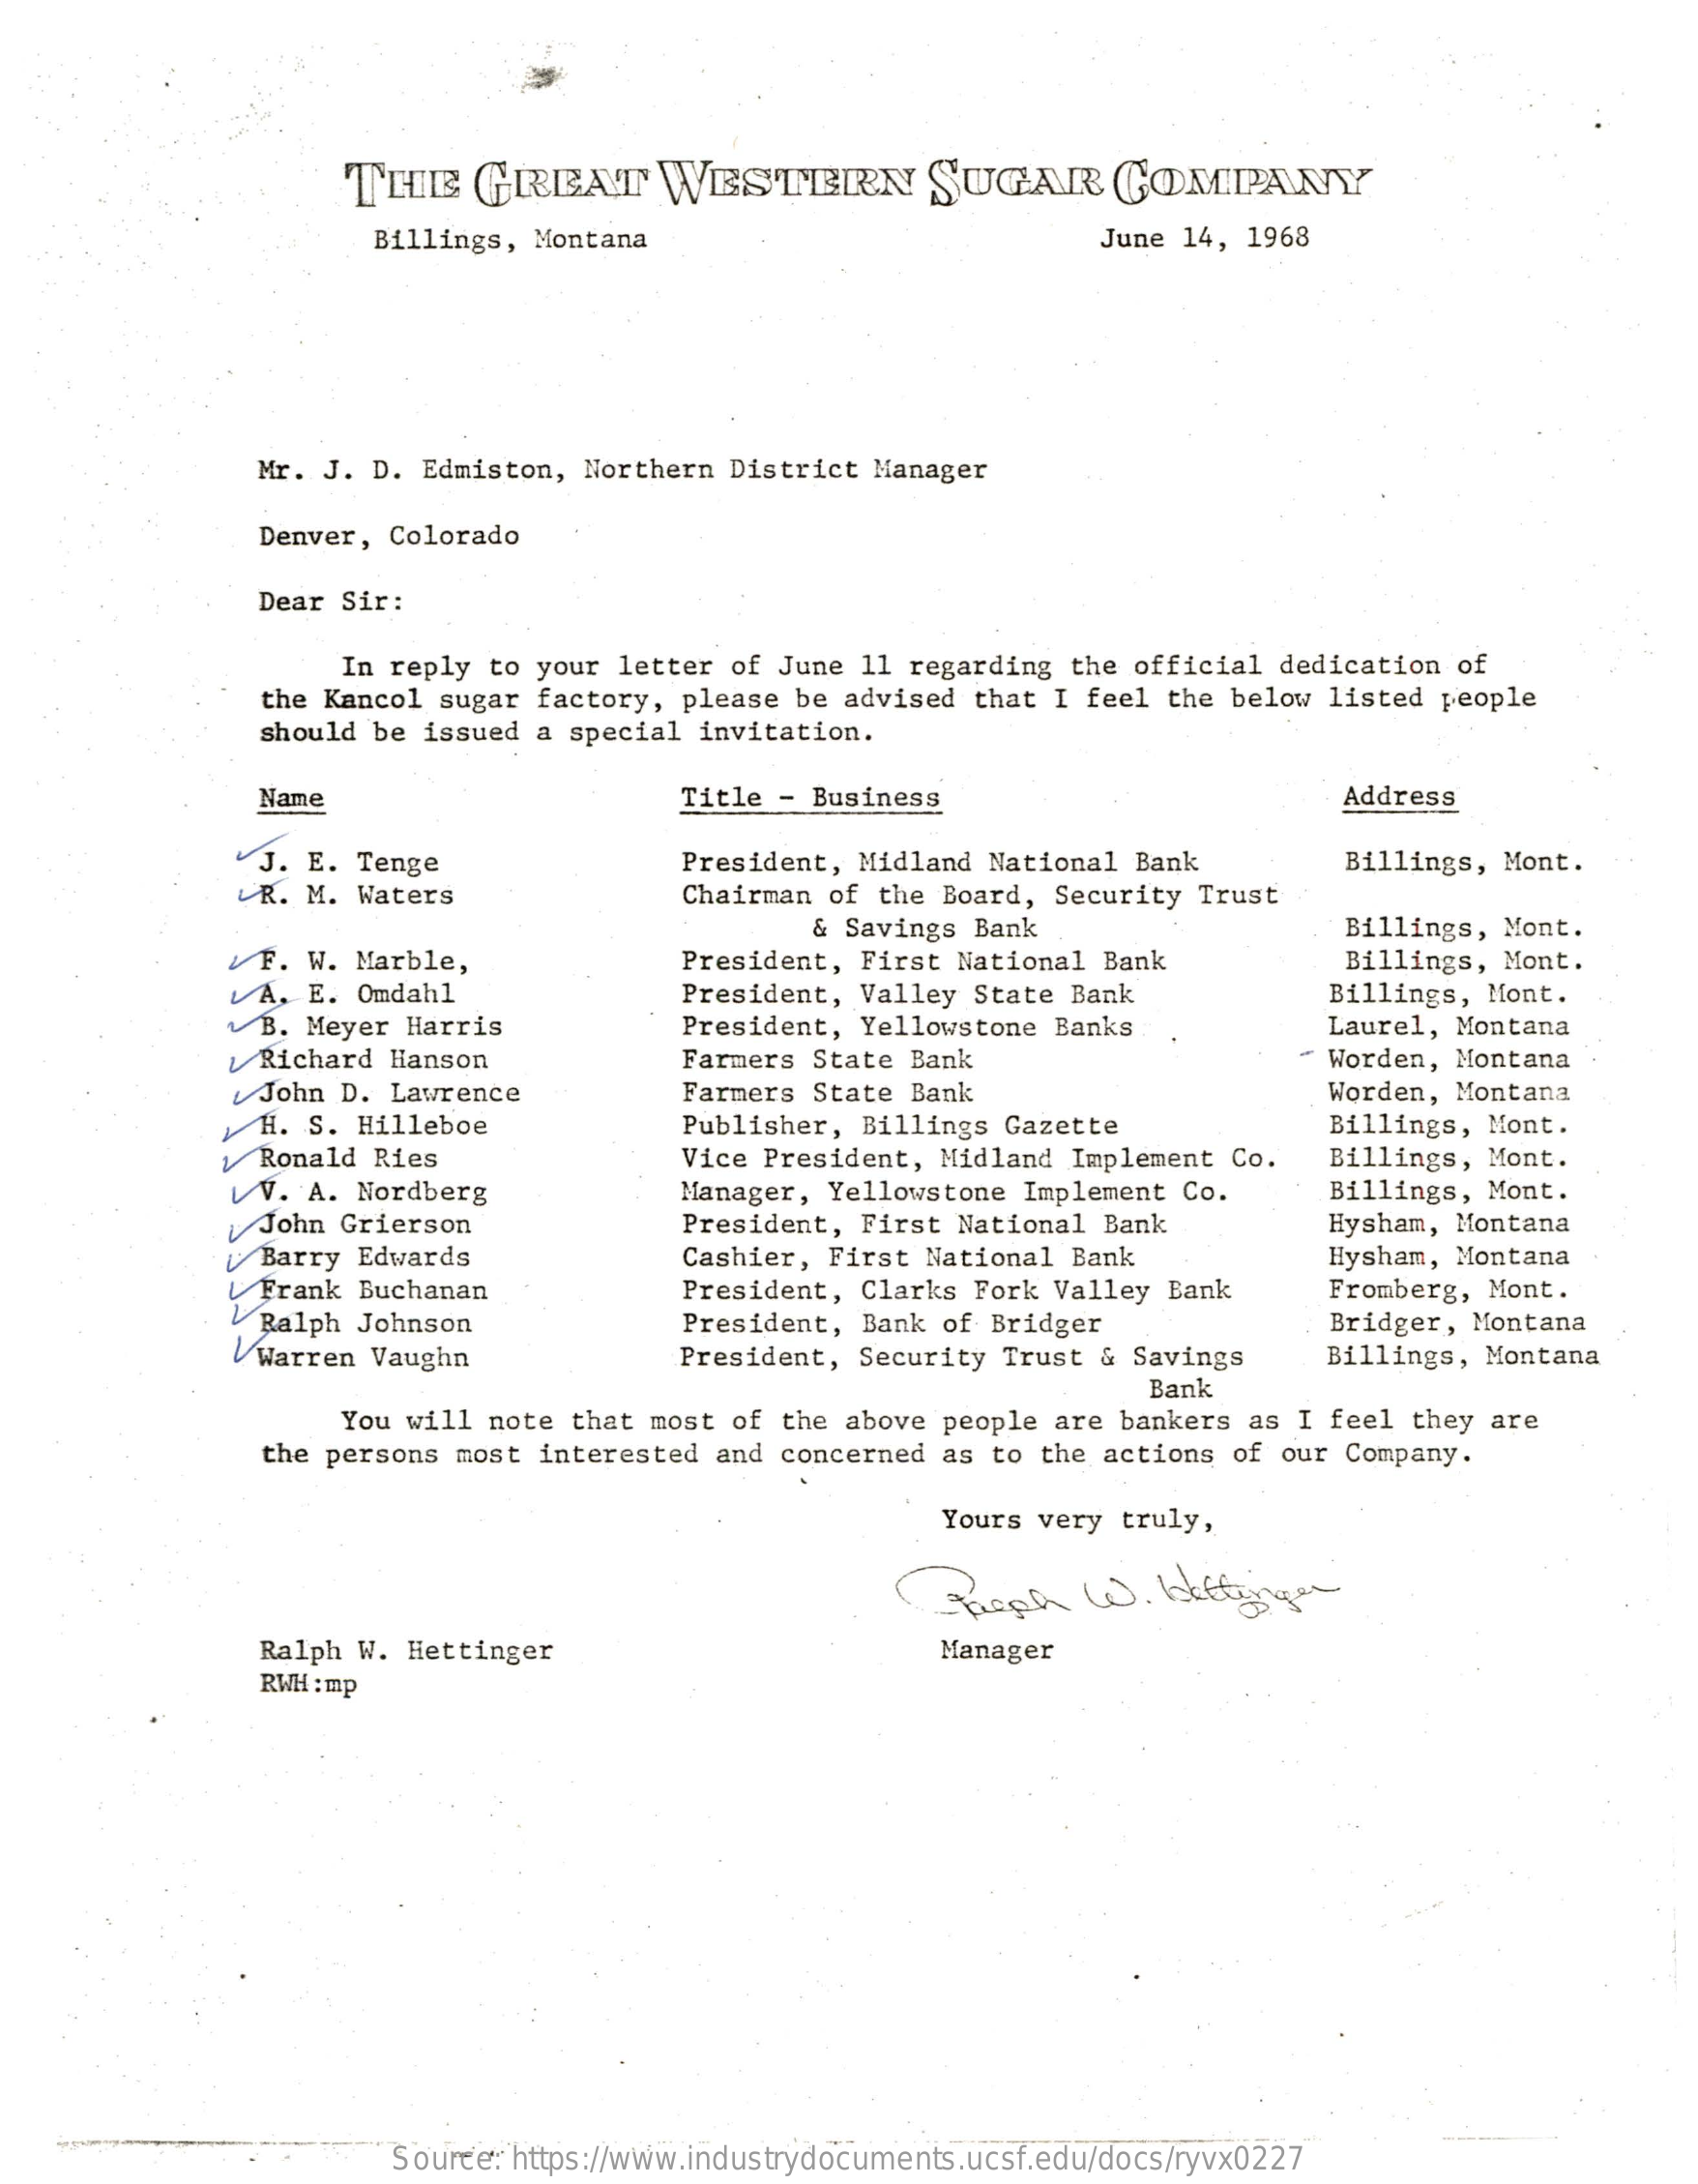
THE   GREAT    WESTERN    SUGAR    COMPANY
     Billings, Montana    June 14, 1968
     Mr. J. D. Edmiston, Northern District Manager
     Denver, Colorado
     Dear Sir:
     In reply to your letter of June 11 regarding the official dedication of
     the Kancol sugar factory, please be advised that I feel the below listed people
     should be issued a special invitation.
     Name    Title - Business    Address
     J. E. Tenge    President, Midland National Bank  Billings, Mont.
     UR. M. Waters    Chairman of the Board, Security Trust
     & Savings Bank    Billings, Mont.
     F. W. Marble,    President, First National Bank    Billings, Mont.
     LA. E. Omdahl    President, Valley State Bank    Billings, Mont.
     B. Meyer Harris    President, Yellowstone Banks    Laurel, Montana
     Richard Hanson    Farmers State Bank    Worden, Montana
     John D. Lawrence    Farmers State Bank    Worden, Montana
     H. S. Hilleboe    Publisher, Billings Gazette    Billings, Mont.
     Ronald Ries    Vice President, Midland Implement Co. Billings, Mont.
     LV. A. Nordberg    Manager, Yellowstone Implement Co. Billings, Mont.
     John Grierson    President, First National Bank   Hysham, Montana
     U Barry Edwards    Cashier, First National Bank    Hysham, Montana
     U Frank Buchanan
     Ralph Johnson
     President, Clarks Fork Valley Bank Fromberg, Mont.
     Warren Vaughn
     President, Bank of Bridger    Bridger, Montana
     President, Security Trust & Savings Billings, Montana
     Bank
     You will note that most of the above people are bankers as I feel they are
     the persons most interested and concerned as to the actions of our Company.
     Yours very truly,
     Gaich    W.  blftinger
     Ralph W. Hettinger    Manager
     RWH : mp